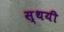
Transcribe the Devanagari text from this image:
स्‍थयी